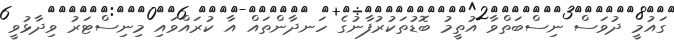
ގައުމީ ދުވަސް ނިސްބަތްވާ އުތީމު ބޮޑުތަކުރުފާނުގެ ހަނދާންތައް އާ ކުރައްވައި މިނިސްޓަރު ވިދާޅުވީ